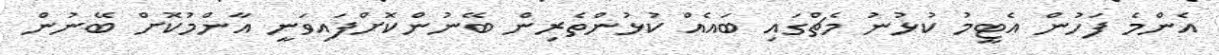
އެންމެ ފަހުން އެޓީމު ކުޅުނު މެޗްގައި ބައެއް ކުޅުންތެރިން ބޭނުންކޮށްފައިވަނީ އާންމުކޮށް ބޭނުން